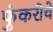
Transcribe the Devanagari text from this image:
फुंकरीचे